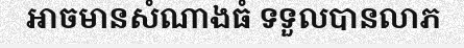
អាចមានសំណាងធំ ទទួលបានលាភ